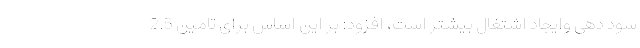
سود دهی وایجاد اشتغال بیشتر است، افزود: بر این اساس برای تامین 2.5